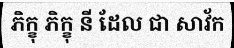
ភិក្ខុ ភិក្ខុ នី ដែល ជា សាវ័ក